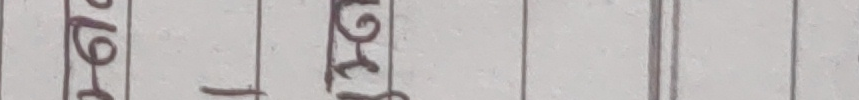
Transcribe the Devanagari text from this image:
लेखिर